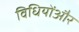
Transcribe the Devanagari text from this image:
विधियोंऔर